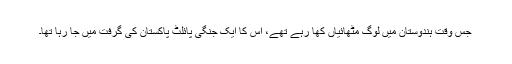
جس وقت ہندوستان میں لوگ مٹھائیاں کھا رہے تھے، اس کا ایک جنگی پائلٹ پاکستان کی گرفت میں جا رہا تھا۔